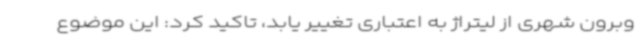
وبرون شهری از لیتراژ به اعتباری تغییر یابد، تاکید کرد: این موضوع